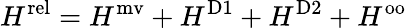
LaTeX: H^{\mathrm{rel}}=H^{\mathrm{mv}}+H^{\mathrm{D1}}+H^{\mathrm{D2}}+H^{\mathrm{oo}}